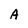
Character: A